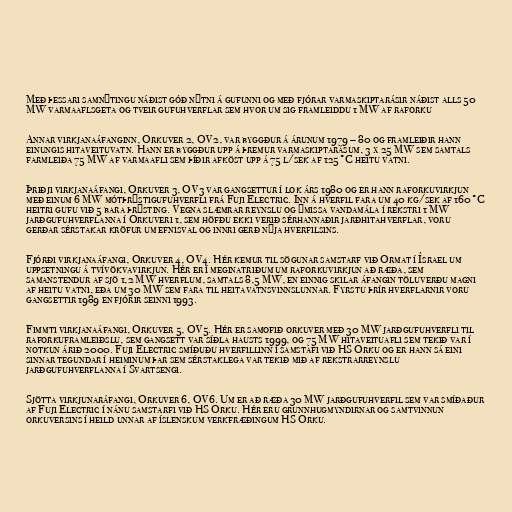
Með þessari samnýtingu náðist góð nýtni á gufunni og með fjórar varmaskiptarásir náðist alls 50
MW varmaaflsgeta og tveir gufuhverflar sem hvor um sig framleiddu 1 MW af raforku

Annar virkjanaáfanginn, Orkuver 2, OV2, var byggður á árunum 1979 – 80 og framleiðir hann
einungis hitaveituvatn. Hann er byggður upp á þremur varmaskiptarásum, 3 x 25 MW sem samtals
farmleiða 75 MW af varmaafli sem þíðir afköst upp á 75 l/sek af 125°C heitu vatni.

Þriðji virkjanaáfangi, Orkuver 3, OV3 var gangsettur í lok árs 1980 og er hann raforkuvirkjun
með einum 6 MW mótþrýstigufuhverfli frá Fuji Electric. Inn á hverfil fara um 40 kg/sek af 160°C
heitri gufu við 5 bara þrýsting. Vegna slæmrar reynslu og ýmissa vandamála í rekstri 1 MW
jarðgufuhverflanna í Orkuveri 1, sem höfðu ekki verið sérhannaðir jarðhitahverflar, voru
gerðar sérstakar kröfur um efnisval og innri gerð nýja hverfilsins.

Fjórði virkjanaáfangi, Orkuver 4, OV4. Hér kemur til sögunar samstarf við Ormat í Ísrael um
uppsetningu á tvívökvavirkjun. Hér er í meginatriðum um raforkuvirkjun að ræða, sem
samanstendur af sjö 1,2 MW hverflum, samtals 8,5 MW, en einnig skilar áfangin töluverðu magni
af heitu vatni, eða um 30 MW sem fara til heitavatnsvinnslunnar. Fyrstu þrír hverflarnir voru
gangsettir 1989 en fjórir seinni 1993.

Fimmti virkjanaáfangi, Orkuver 5, OV5. Hér er samofið orkuver með 30 MW jarðgufuhverfli til
raforkuframleiðslu, sem gangsett var síðla hausts 1999, og 75 MW hitaveituafli sem tekið var í
notkun árið 2000. Fuji Electric smíðuðu hverfillinn í samstafi við HS Orku og er hann sá eini
sinnar tegundar í heiminum þar sem sérstaklega var tekið mið af rekstrarreynslu
jarðgufuhverflanna í Svartsengi.

Sjötta virkjunaráfangi, Orkuver 6, OV6. Um er að ræða 30 MW jarðgufuhverfil sem var smíðaður
af Fuji Electric í nánu samstarfi við HS Orku. Hér eru grunnhugmyndirnar og samtvinnun
orkuversins í heild unnar af íslenskum verkfræðingum HS Orku.